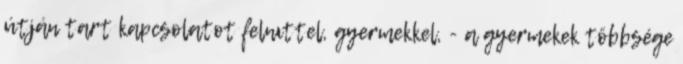
útján tart kapcsolatot felnıttel, gyermekkel, - a gyermekek többsége